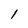
Character: 1